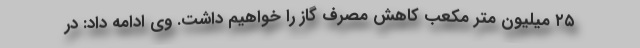
۲۵ میلیون متر مکعب کاهش مصرف گاز را خواهیم داشت. وی ادامه داد: در